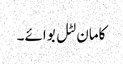
کامان لٹل بوائے۔